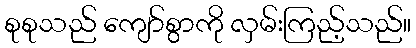
စုစုသည် ကျော်စွာကို လှမ်းကြည့်သည်။